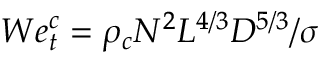
W e _ { t } ^ { c } = \rho _ { c } N ^ { 2 } L ^ { 4 / 3 } D ^ { 5 / 3 } / \sigma